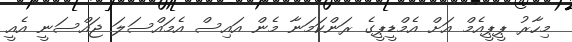
މިހާރު ޕީޕީއެމް އަށް އެމްޑީޕީގެ ރަންކަމަނާ މެން އައިސް އެމައްސަލަ ޖައްސަނީ އެއީ